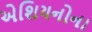
એશિયનોના